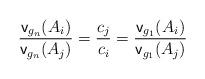
LaTeX: \begin{align*} \frac{\mathsf{v}_{g_n}(A_i)}{\mathsf{v}_{g_n}(A_j)} = \frac{c_j}{c_i} = \frac{\mathsf{v}_{g_1}(A_i)}{\mathsf{v}_{g_1}(A_j)}\end{align*}